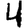
Digit: 4